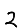
Digit: 2